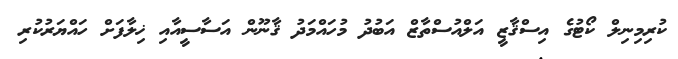
ކުރިމިނިލް ކޯޓުގެ އިސްޤާޒީ އަލްއުސްތާޒް އަބުދު މުހައްމަދު ޤާނޫން އަސާސީއާއި ޚިލާފަށް ހައްޔަރުކުރި